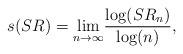
LaTeX: \begin{align*}s(SR) = \underset{n\rightarrow \infty}{\lim} \frac{\log(SR_n)}{\log (n)},\end{align*}